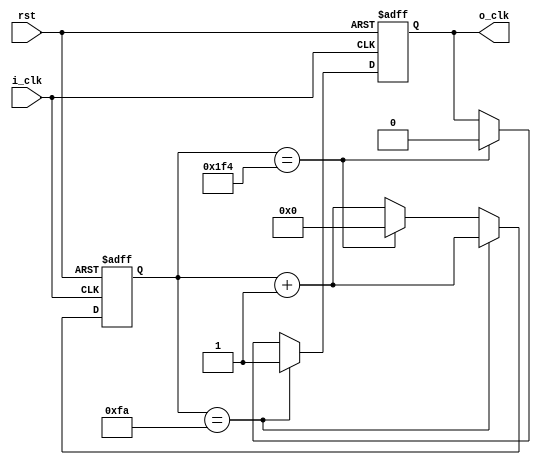
 module rtc_clock_div (input i_clk,rst, output  reg o_clk);

reg [31:0]count;

always @(posedge i_clk or posedge rst) begin
    if(rst) begin
        count<=0;
        o_clk<=0;
    end
    else if(count==32'd250) begin   //ACTUAL VALUE SHOULD BE 25_000_000 
        o_clk<=1;                      //Value reduced for simulation purpose
        count<=count+1;
    end
    else  if(count==32'd500) begin  //ACTUAL VALUE SHOULD BE 50_000_000 
        o_clk<=0;
        count<=0;
    end
    else 
      count<=count+1;
    
end
endmodule

module rtc_clock_div_tb;

wire O_CLK;
reg CLK,RST;

rtc_clock_div dut(.i_clk(CLK), .o_clk(O_CLK), .rst(RST));

initial begin
    CLK=0; RST=1;
    #5 RST=0;
end

always #5 CLK=~CLK;
endmodule